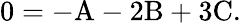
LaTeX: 0=-\mathrm{A}-2\mathrm{B}+3\mathrm{C}.